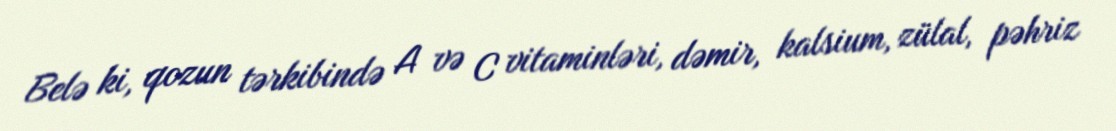
Belə ki, qozun tərkibində A və C vitaminləri, dəmir, kalsium, zülal, pəhriz